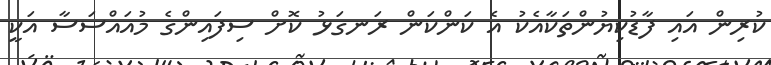
ކުރިން އައި ފާޑުކިޔުންތަކާއެކު އެ ކަންކަން ރަނގަޅު ކޮށް ސިފައިންގެ މުއައްސަސާ އަކީ